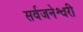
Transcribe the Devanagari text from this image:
सर्वजनेश्वरी